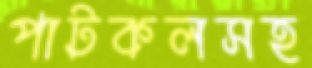
পাটকলসহ